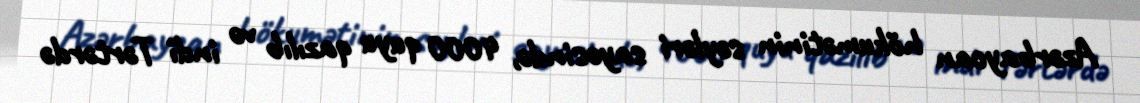
Azərbaycan hökumətinin səyləri sayəsində, 4000 quyu qazılıb və indi Tərtərdə